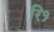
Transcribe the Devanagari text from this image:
रि१